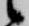
候